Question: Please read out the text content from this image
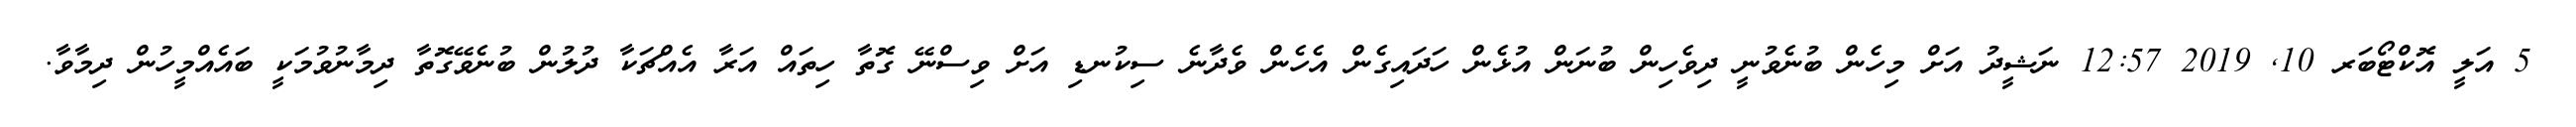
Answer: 5 އަލީ އޮކްޓޯބަރ 10, 2019 12:57 ނަޝީދު އަށް މިހެން ބުނެވުނީ ދިވެހިން ބުނަން އުޅެން ހަދައިގެން އެހެން ވެދާނެ ސިކުނޑި އަށް ވިސްނޭ ގޮތާ ހިތައް އަރާ އެއްޗަކާ ދުލުން ބުނެވޭގޮތާ ދިމާނުވުމަކީ ބައެއްމީހުން ދިމާވާ.